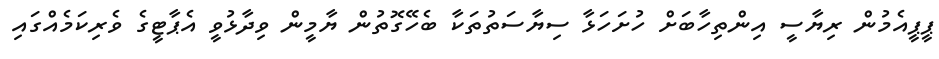
ޕީޕީއެމުން ރިޔާސީ އިންތިހާބަށް ހުށަހަޅާ ސިޔާސަތުތަކާ ބެހޭގޮތުން ޔާމީން ވިދާޅުވީ އެޕާޓީގެ ވެރިކަމެއްގައި